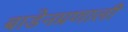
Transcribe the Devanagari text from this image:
बाडेनप्रणाली